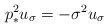
\begin{align*}p_*^2u_{\sigma} =-\sigma^2 u_{\sigma} \end{align*}